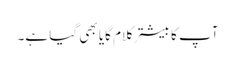
آپ کا بیشتر کلام گایا بھی گیا ہے۔